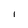
Character: I